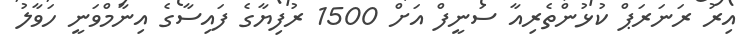
އިރު ރަނަރަޕް ކުޅުންތެރިއާ ސަނީފް އަށް 1500 ރުފިޔާގެ ފައިސާގެ އިނާމްވަނީ ހަވާލު